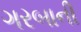
ગરબાની